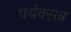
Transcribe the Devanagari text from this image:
पर्यवसन्न